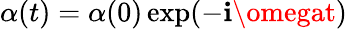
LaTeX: \alpha(t)=\alpha(0)\exp(-\mathbf{i}\omegat)